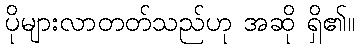
ပိုများလာတတ်သည်ဟု အဆို ရှိ၏။